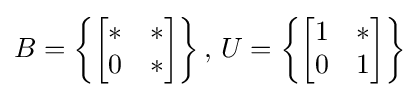
B=\left\{{\begin{bmatrix}*&*\\0&*\end{bmatrix}}\right\}{\text{, }}U=\left\{{\begin{bmatrix}1&*\\0&1\end{bmatrix}}\right\}